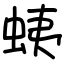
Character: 蛦